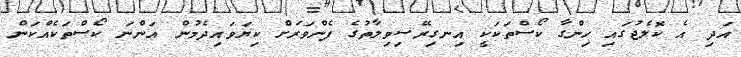
އަދި އެ ކޮލެޖުގައި ހިންގާ ކޯސްތަކަކީ އިނގިރޭސިވިލާތުގެ ފެންވަރަށް ކިޔަވައިދެމުން އަންނަ ކޯސްތަކެއްކަން